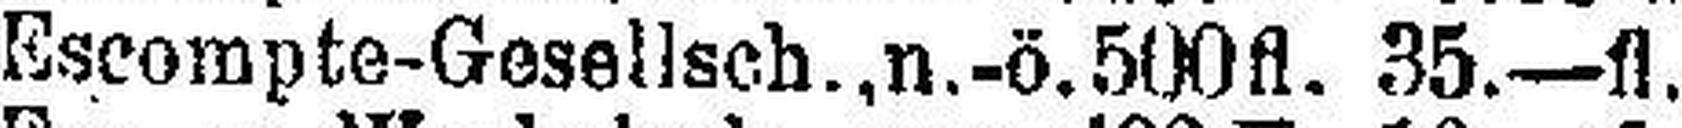
Escompte-Gesellsch., n.-ö. 500fl. 35.—fl.